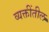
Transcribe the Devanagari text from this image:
व्यक्तींतील